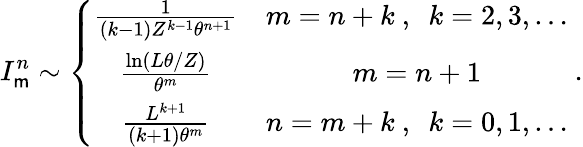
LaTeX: I_{\mathsf{m}}^{n}\sim\left\{ \begin{array}{cc}{\frac{1}{(k-1)Z^{k-1}\theta^{n+1}}}&{m=n+k\ ,\ \ k=2,3,\ldots}\\ {\frac{\ln(L\theta/Z)}{\theta^{m}}}&{m=n+1}\\ {\frac{L^{k+1}}{(k+1)\theta^{m}}}&{n=m+k\ ,\ \ k=0,1,\ldots}\end{array}\right.\ .